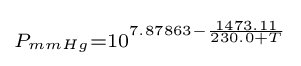
\scriptstyle P_{mmHg}=10^{7.87863-{\frac {1473.11}{230.0+T}}}